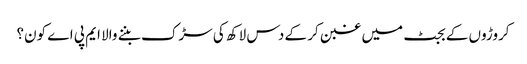
کروڑوں کے بجٹ میں غبن کر کے دس لاکھ کی سڑک بننے والا ایم پی اے کون؟